NAE_ERA_R-2324_Eesti_Vabariigi_Pohiseaduslik_Assamblee, lk 59
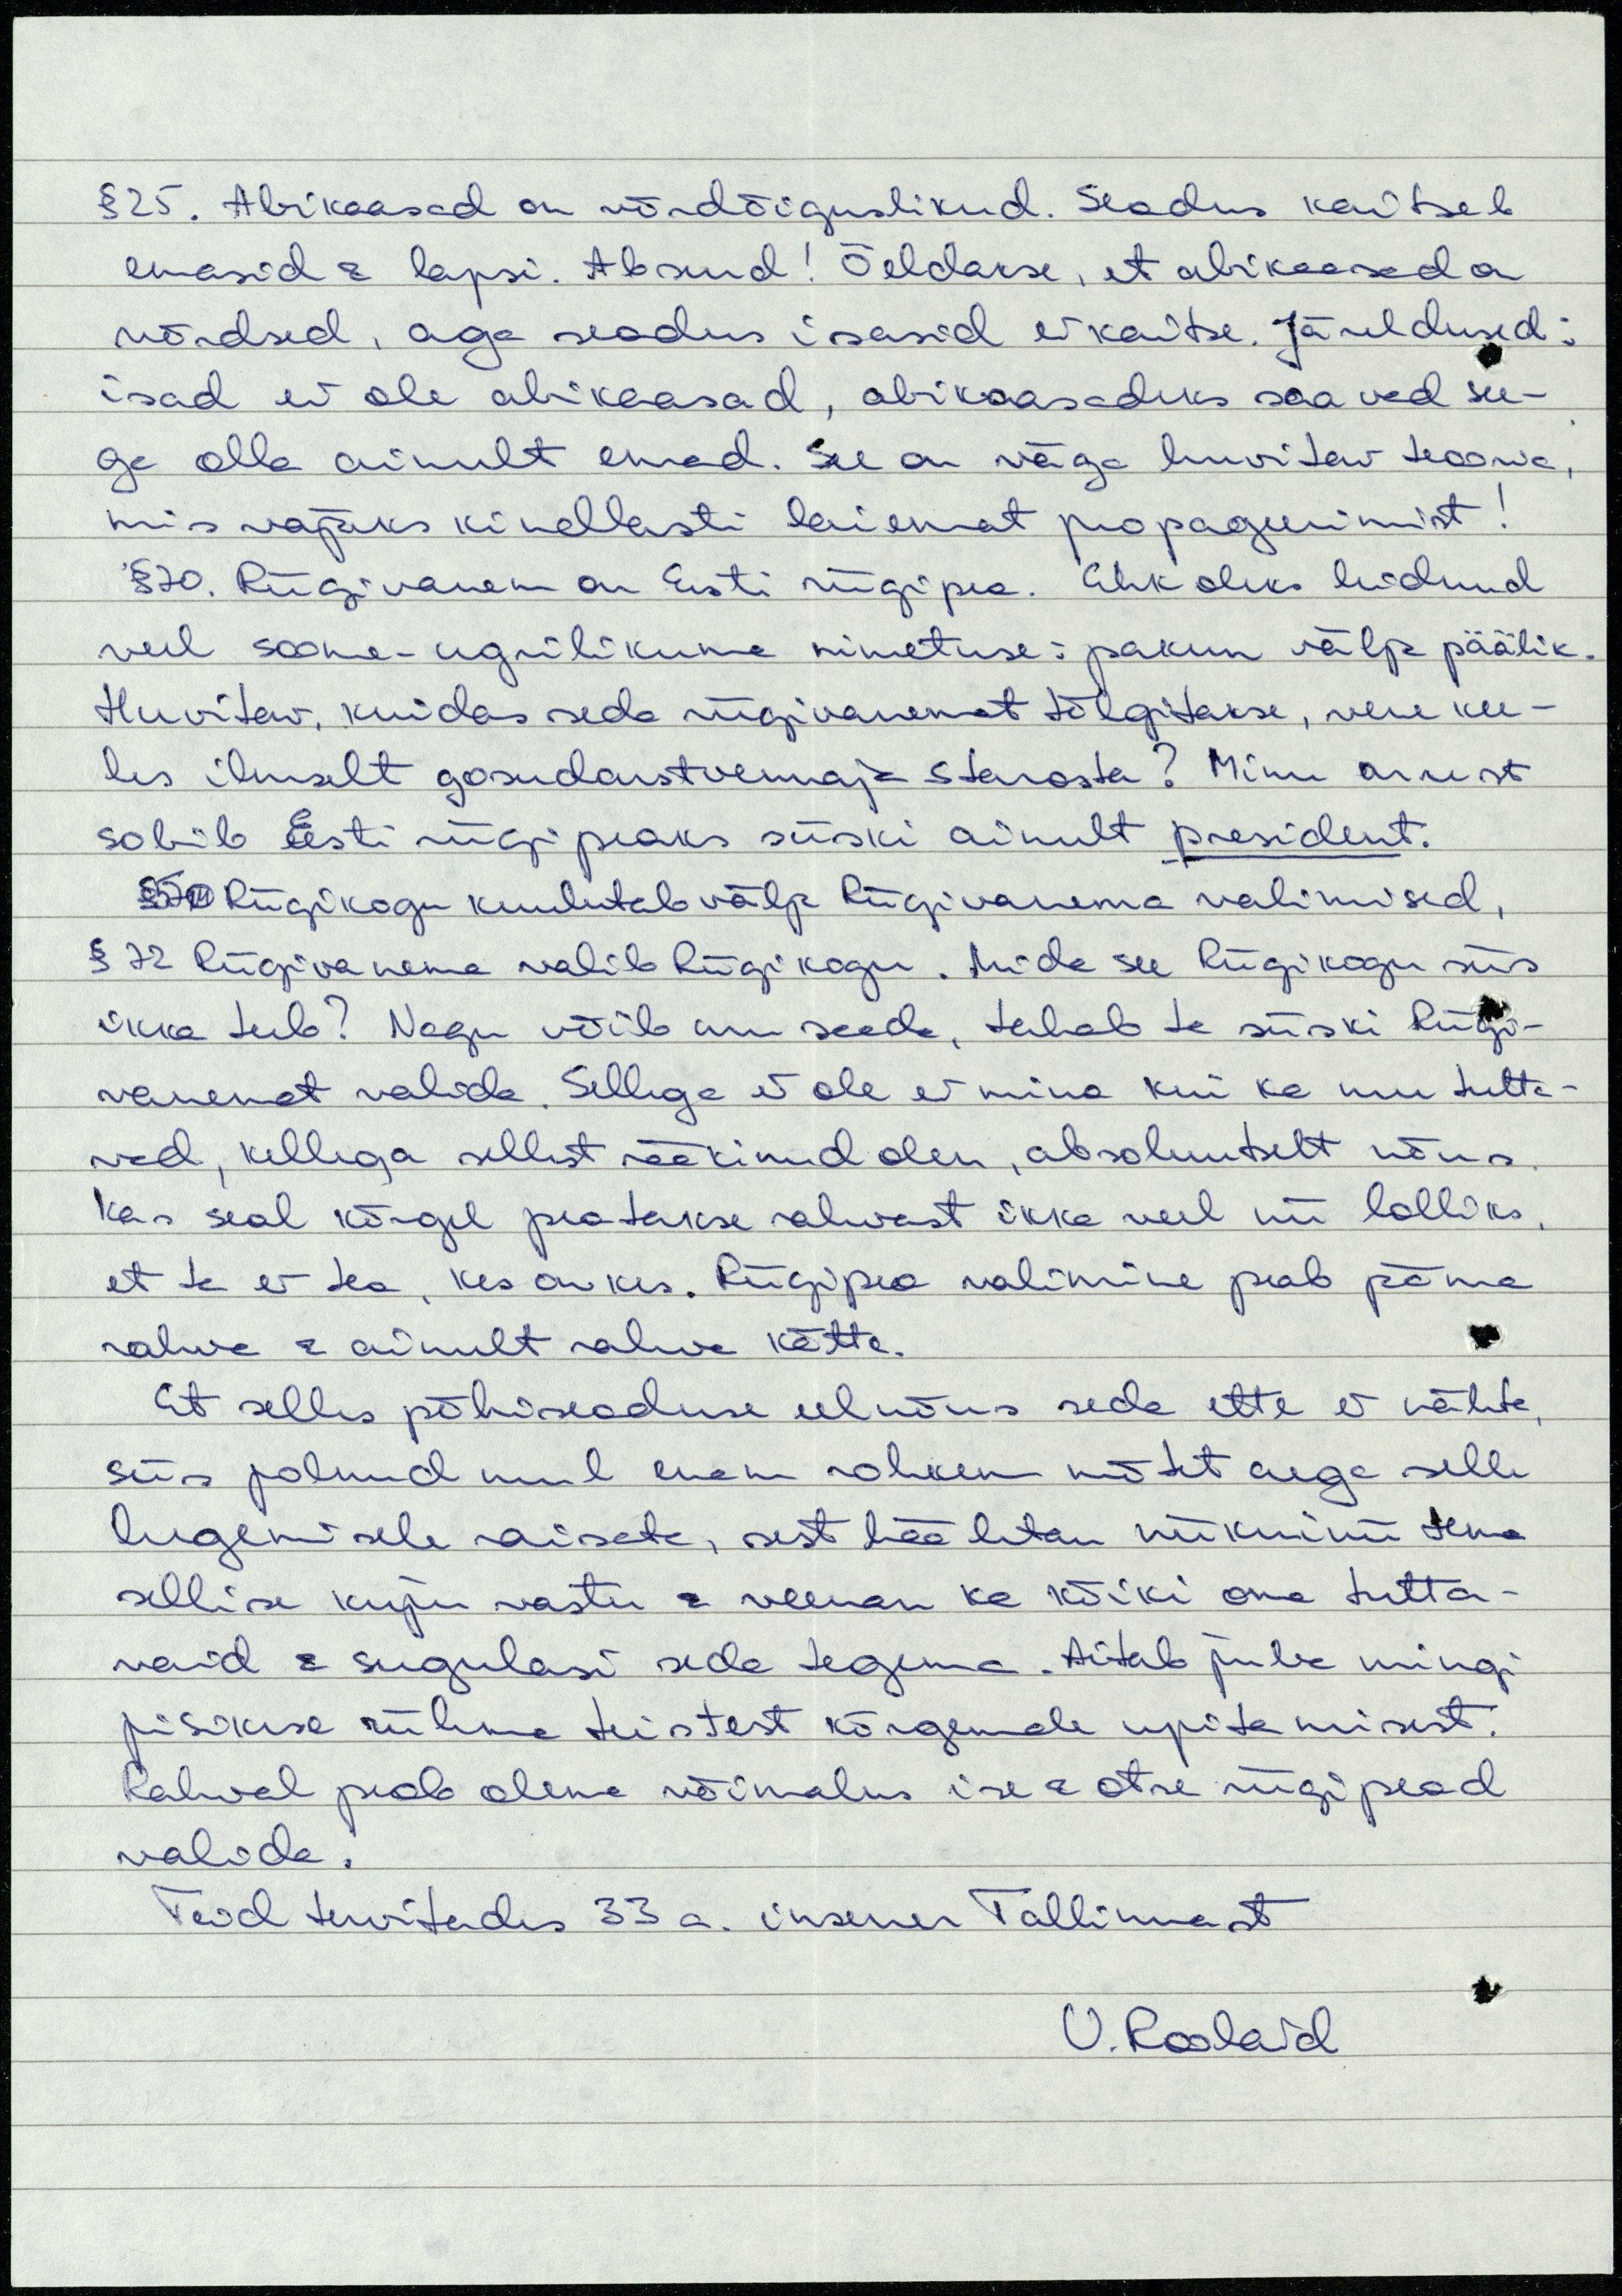
§ 25. Abikaasad on võrdõiguslikud. Seadus kaitseb
emasid & lapsi. Absurd! Öeldakse, et abikaasad on
võrdsed, aga seadus isasid ei kaitse. Järeldused:
isad ei ole abikaasad, abikaasadeks saavad see-
ga olla ainult emad. See on väga huvitav teooria,
mis vajaks kindlasti laiemat propageerimist!
§ 70. Riigivanem on Eesti riigipea. Ehk oleks leidnud
veel soome-ugrilikuma nimetuse: pakun välja päälik.
Huvitav, kuidas seda riigivanemat tõlgitakse, vene kee-
les ilmselt gosudarstvennaja starosta? Minu arust
sobib Eesti riigipeaks siiski ainult president.
§ 57 Riigikogu kuulutab välja Riigivanema valimised,
§ 72 Riigivanema valib Riigikogu. Mida see Riigukogu siis
ikka teeb? Nagu võib aru saada, tahab ta siiski Riigi-
vanemat valida. Sellega ei ole ei mina kui ka mu tutta-
vad, kellega sellest rääkinud olen, absoluutselt nõus.
Kas seal kõrgel peatakse rahvast ikka veel nii lolliks,
et ta ei tea, kes on kes. Riigipea valimine peab jääma
rahva & ainult rahva kätte.
Et selles põhiseaduse eelnõus seda ette ei nähta,
siis polnud mul enam rohkem mõtet aega selle
lugemisele raisata, sest hääletan niikuinii tema
sellise kuju vastu & veenan ka kõiki oma tutta-
vaid & sugulasi seda tegema. Aitab juba mingi
pisikese rühma teistest kõrgemale upitamisest.
Rahval peab olema võimalus ise & otse riigipead
valida.
Teid tervitades 33 a. insener Tallinnast
U. Roolaid